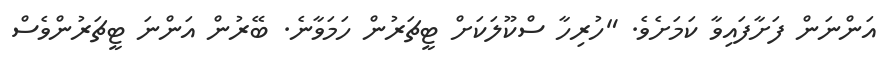
އަންނަން ފަށާފައިވާ ކަމަށެވެ. "ހުރިހާ ސްކޫލަކަށް ޓީޗަރުން ހަމަވާނެ. ބޭރުން އަންނަ ޓީޗަރުންވެސް